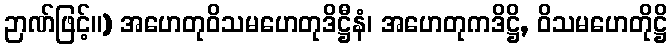
ဉာဏ်ဖြင့်။) အဟေတုဝိသမဟေတုဒိဋ္ဌီနံ၊ အဟေတုကဒိဋ္ဌိ, ဝိသမဟေတိုဋ္ဌိ